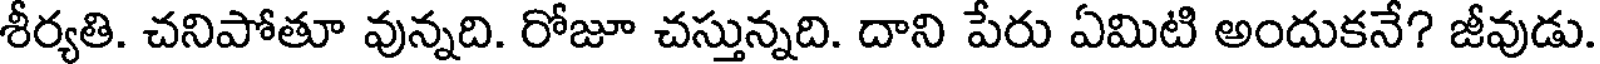
శీర్యతి. చనిపోతూ వున్నది. రోజూ చస్తున్నది. దాని పేరు ఏమిటి అందుకనే? జీవుడు